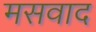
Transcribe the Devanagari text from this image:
मसवाद